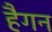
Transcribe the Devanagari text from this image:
हैगन